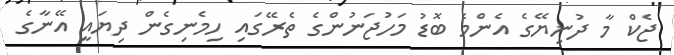
ޖެކް މާ ދުނިޔޭގެ އެންމެ ބޮޑު މަހުޖަނުންގެ ތެރޭގައި ހިމެނިގެން ދިޔައީ އޭނާގެ